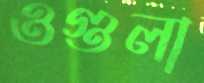
ওগুলা